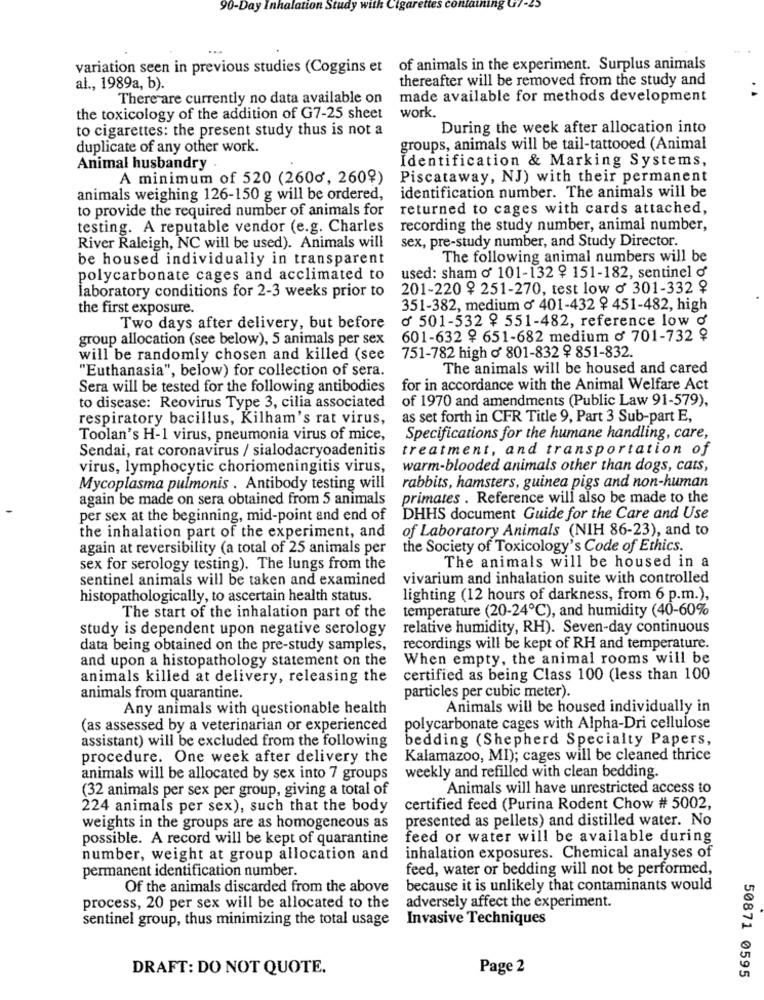
90-Day Inhalation St
ttes containing G7-25
variation seen in previous studies (Coggins et of animals in the experiment. Surplus animals
thereafter will be removed from the study and
al ., 1989a, b).
There are currently no data available on
made available for methods development
the toxicology of the addition of G7-25 sheet
work
to cigarettes: the present study thus is not a
During the week after allocation into
duplicate of any other work.
groups, animals will be tail-tattooed (Animal
Identification & Marking Systems,
Animal husbandry .
A minimum of 520 (2600, 260?)
Piscataway, NJ) with their permanent
animals weighing 126-150 g will be ordered,
identification number. The animals will be
to provide the required number of animals for
returned to cages with cards attached,
testing. A reputable vendor (e.g. Charles
recording the study number, animal number,
River Raleigh, NC will be used). Animals will
sex, pre-study number, and Study Director.
be housed individually in transparent
The following animal numbers will be
polycarbonate cages and acclimated to
used: sham o 101-132 ? 151-182, sentinel o'
laboratory conditions for 2-3 weeks prior to
201-220 9 251-270, test low o' 301-332 9
the first exposure.
351-382, medium o 401-432 9 451-482, high
ď 501-532 9 551-482, reference low o
Two days after delivery, but before
group allocation (see below), 5 animals per sex
601-632 9 651-682 medium o 701-732 ?
will be randomly chosen and killed (see
751-782 high o 801-832 9 851-832.
"Euthanasia", below) for collection of sera.
The animals will be housed and cared
Sera will be tested for the following antibodies
for in accordance with the Animal Welfare Act
of 1970 and amendments (Public Law 91-579),
to disease: Reovirus Type 3, cilia associated
respiratory bacillus, Kilham's rat virus,
as set forth in CFR Title 9, Part 3 Sub-part E,
Toolan's H-1 virus, pneumonia virus of mice,
Specifications for the humane handling, care,
Sendai, rat coronavirus / sialodacryoadenitis
treatment, and transportation of
virus, lymphocytic choriomeningitis virus,
warm-blooded animals other than dogs, cats,
Mycoplasma pulmonis . Antibody testing will
rabbits, hamsters, guinea pigs and non-human
again be made on sera obtained from 5 animals
primates . Reference will also be made to the
per sex at the beginning, mid-point and end of
DHHS document Guide for the Care and Use
of Laboratory Animals (NIH 86-23), and to
the inhalation part of the experiment, and
again at reversibility (a total of 25 animals per
the Society of Toxicology's Code of Ethics.
sex for serology testing). The lungs from the
The animals will be housed in a
sentinel animals will be taken and examined
vivarium and inhalation suite with controlled
histopathologically, to ascertain health status.
lighting (12 hours of darkness, from 6 p.m.),
temperature (20-24℃), and humidity (40-60%
The start of the inhalation part of the
study is dependent upon negative serology
relative humidity, RH). Seven-day continuous
data being obtained on the pre-study samples,
recordings will be kept of RH and temperature.
and upon a histopathology statement on the
When empty, the animal rooms will be
animals killed at delivery, releasing the
certified as being Class 100 (less than 100
animals from quarantine.
particles per cubic meter).
Any animals with questionable health
Animals will be housed individually in
(as assessed by a veterinarian or experienced
polycarbonate cages with Alpha-Dri cellulose
assistant) will be excluded from the following
bedding (Shepherd Specialty Papers,
procedure. One week after delivery the
Kalamazoo, MI); cages will be cleaned thrice
animals will be allocated by sex into 7 groups
weekly and refilled with clean bedding.
(32 animals per sex per group, giving a total of
Animals will have unrestricted access to
224 animals per sex), such that the body
certified feed (Purina Rodent Chow # 5002,
presented as pellets) and distilled water. No
weights in the groups are as homogeneous as
possible. A record will be kept of quarantine
feed or water will be available during
number, weight at group allocation and
inhalation exposures. Chemical analyses of
permanent identification number.
feed, water or bedding will not be performed,
Of the animals discarded from the above
because it is unlikely that contaminants would
process, 20 per sex will be allocated to the
adversely affect the experiment.
sentinel group, thus minimizing the total usage
Invasive Techniques
DRAFT: DO NOT QUOTE.
Page 2
50871 0595